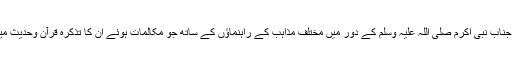
آج کی نشست میں صرف ایک پہلو پر کچھ عرض کرنا چاہتا ہوں کہ جناب نبی اکرم صلی اللہ علیہ وسلم کے دور میں مختلف مذاہب کے راہنماؤں کے ساتھ جو مکالمات ہوئے ان کا تذکرہ قرآن وحدیث میں موجود ہے، ان میں سے چند مکالمات کی طرف اشارہ کر رہا ہوں۔